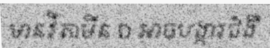
មានវីតាមីន D អាចបង្ការជំងឺ